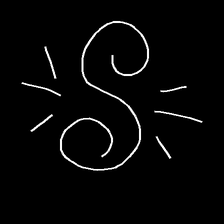
Glyph: wind-directs-air